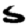
Digit: 5